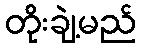
တိုးချဲ့မည်